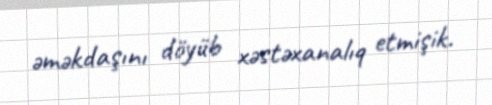
əməkdaşını döyüb xəstəxanalıq etmişik.